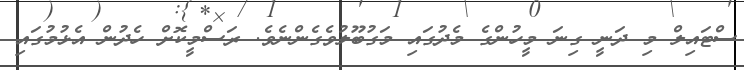
ސްޓައިލް މި ދަނީ ގިނަ މީހުންގެ މެދުގައި މަގުބޫލުވެގެންނެވެ. ރަސްމީކޮށް ހެދުން އެޅުމުގައި